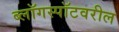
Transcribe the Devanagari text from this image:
ब्लॉगस्पॉटवरील